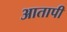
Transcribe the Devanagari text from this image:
आतापी